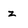
Character: z